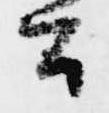
公